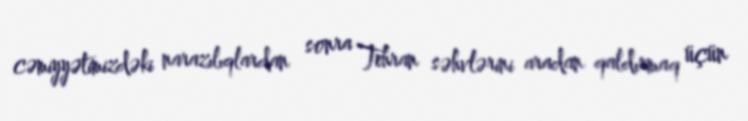
cəmiyyətimizdəki narazılıqlardan sonra Tehran səhvlərini aradan qaldırmaq üçün